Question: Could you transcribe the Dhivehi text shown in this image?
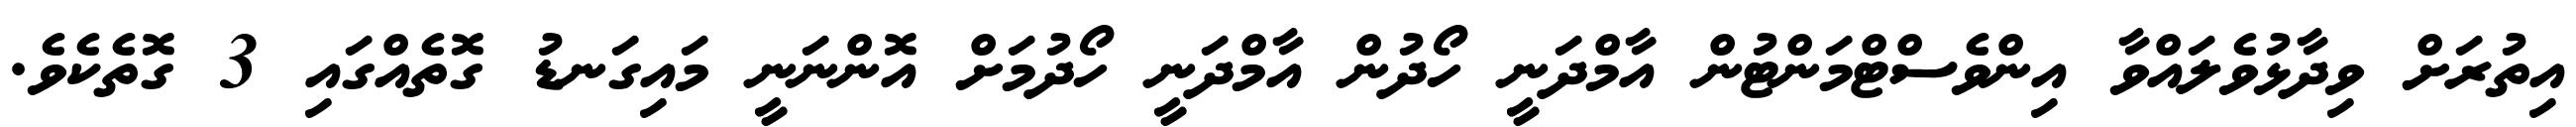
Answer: އިތުރަށް ވިދާޅުވެލައްވާ އިންވެސްޓްމަންޓުން އާމްދަނީ ހޯދުން އާމްދަނީ ހޯދުމަށް އޮންނަނީ މައިގަނޑު ގޮތެއްގައި 3 ގޮތެކެވެ.